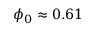
\phi _ { 0 } \approx 0 . 6 1